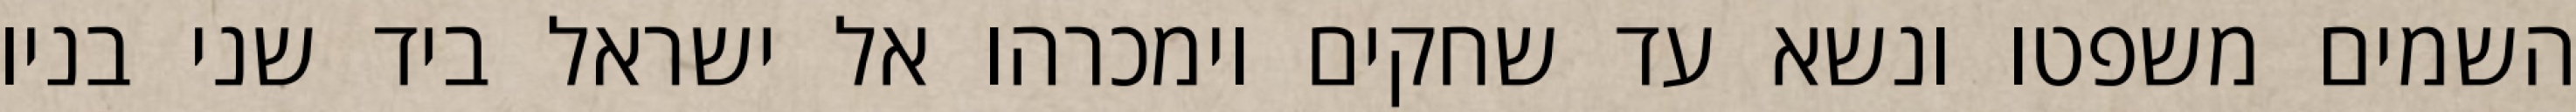
השמים משפטו ונשא עד שחקים וימכרהו אל ישראל ביד שני בניו